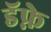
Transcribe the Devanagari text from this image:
डॅफ्ने